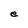
Character: e